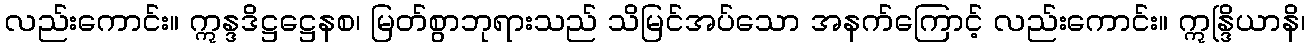
လည်းကောင်း။ ဣန္ဒဒိဋ္ဌဋ္ဌေနစ၊ မြတ်စွာဘုရားသည် သိမြင်အပ်သော အနက်ကြောင့် လည်းကောင်း။ ဣန္ဒြိယာနိ၊